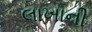
લાખાની